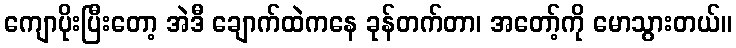
ကျောပိုးပြီးတော့ အဲဒီ ချောက်ထဲကနေ ခုန်တက်တာ၊ အတော့်ကို မောသွားတယ်။